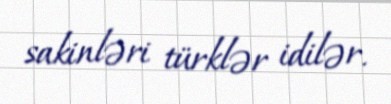
sakinləri türklər idilər.